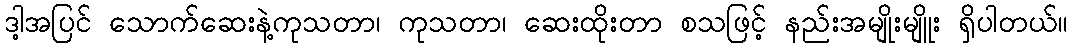
ဒါ့အပြင် သောက်ဆေးနဲ့ကုသတာ၊ ကုသတာ၊ ဆေးထိုးတာ စသဖြင့် နည်းအမျိုးမျိူး ရှိပါတယ်။